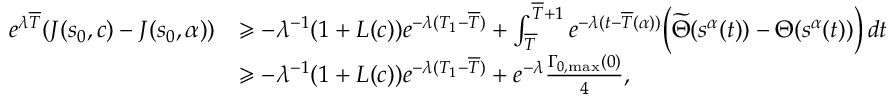
\begin{array} { r l } { e ^ { \lambda \overline { { T } } } ( J ( s _ { 0 } , c ) - J ( s _ { 0 } , \alpha ) ) } & { \geqslant - \lambda ^ { - 1 } ( 1 + L ( c ) ) e ^ { - \lambda ( T _ { 1 } - \overline { { T } } ) } + \int _ { \overline { { T } } } ^ { \overline { { T } } + 1 } e ^ { - \lambda ( t - \overline { { T } } ( \alpha ) ) } \Bigl ( \widetilde { \Theta } ( s ^ { \alpha } ( t ) ) - { \Theta } ( s ^ { \alpha } ( t ) ) \Bigr ) \, d t } \\ & { \geqslant - \lambda ^ { - 1 } ( 1 + L ( c ) ) e ^ { - \lambda ( T _ { 1 } - \overline { { T } } ) } + e ^ { - \lambda } \frac { \Gamma _ { 0 , \operatorname* { m a x } } ( 0 ) } 4 , } \end{array}